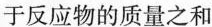
于反应物的质量之和